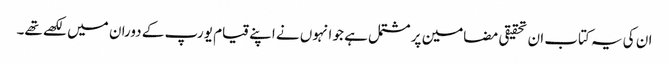
ان کی یہ کتاب ان تحقیقی مضامین پر مشتمل ہے جو انہوں نے اپنے قیام یورپ کے دوران میں لکھے تھے۔